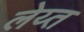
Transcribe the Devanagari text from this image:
लेय्त